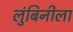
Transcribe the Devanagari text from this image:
लुंबिनीला